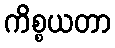
ကိစ္စယတာ